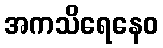
အကသိရေနေဝ